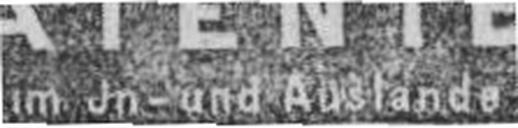
im Jn- und Auslanda